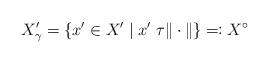
LaTeX: \begin{align*}X_{\gamma}'=\{x'\in X'\;|\;x'\;\tau \|\cdot\|\}\eqqcolon X^{\circ}\end{align*}